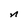
Character: n